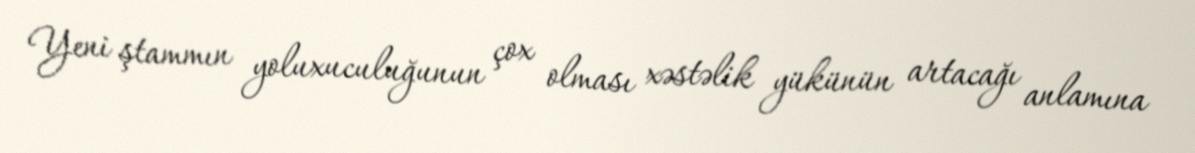
Yeni ştammın yoluxuculuğunun çox olması xəstəlik yükünün artacağı anlamına